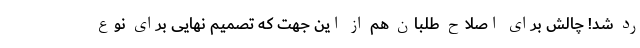
رد شد! چالش برای اصلاح طلبان هم از این جهت که تصمیم نهایی برای نوع